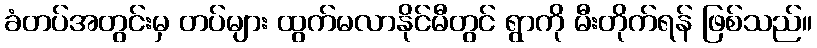
ခံတပ်အတွင်းမှ တပ်များ ထွက်မလာနိုင်မီတွင် ရွာကို မီးတိုက်ရန် ဖြစ်သည်။